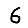
Digit: 6